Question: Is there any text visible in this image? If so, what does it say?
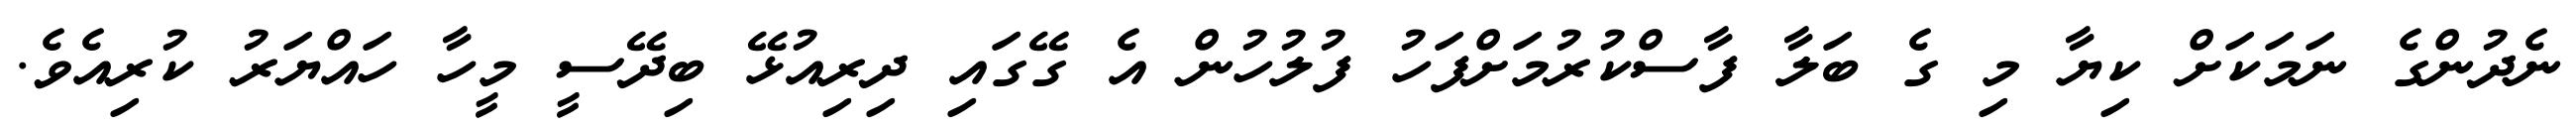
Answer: ނެދުންގެ ނަމަކަށް ކިޔާ މި ގެ ބަލާ ފާސްކުރުމަށްފަހު ފުލުހުން އެ ގޭގައި ދިރިއުޅޭ ބިދޭސީ މީހާ ހައްޔަރު ކުރިއެވެ.